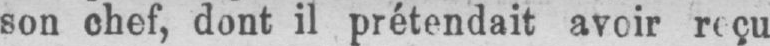
son chef, dont il prétendait avoir reçu